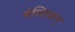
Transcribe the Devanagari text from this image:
मेक्सिकन्